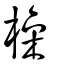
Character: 橾